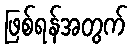
ဖြစ်ရန်အတွက်